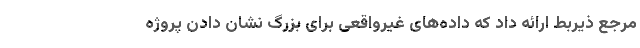
مرجع ذیربط ارائه داد که داده‌های غیرواقعی برای بزرگ نشان دادن پروژه